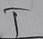
Text: I